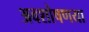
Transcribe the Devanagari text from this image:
अवशोषणया